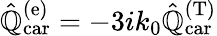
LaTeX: \hat{\mathbb{Q}}_{\mathrm{car}}^{(\mathrm{e})}=-3ik_{0}\hat{\mathbb{Q}}_{\mathrm{car}}^{(\mathrm{T})}